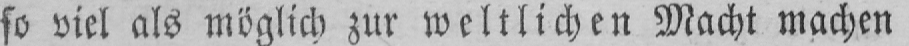
so viel als möglich zur weltlichen Macht machen